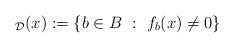
LaTeX: \begin{align*}_{\mathcal{D}}(x):= \{ b \in B \ : \ f_b(x) \ne 0 \}\end{align*}